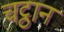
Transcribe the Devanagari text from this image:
चट्ठान